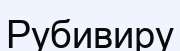
Рубивиру